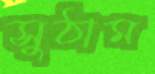
সুঠাম